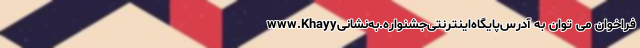
فراخوان می توان به آدرس‌پایگاه‌اینترنتی‌جشنواره.به‌نشانیwww.Khayy